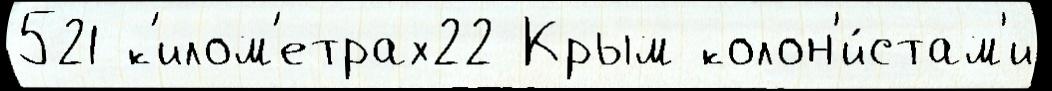
521 к'илом'етрах22 Крым колон'и́стам'и